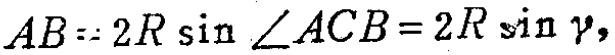
$AB = 2R\sin\angle ACB = 2R\sin\gamma,$